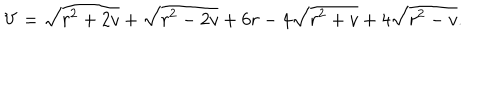
LaTeX: V = \sqrt { r ^ { 2 } + 2 v } + \sqrt { r ^ { 2 } - 2 v } + 6 r - 4 \sqrt { r ^ { 2 } + v } + 4 \sqrt { r ^ { 2 } - v } .